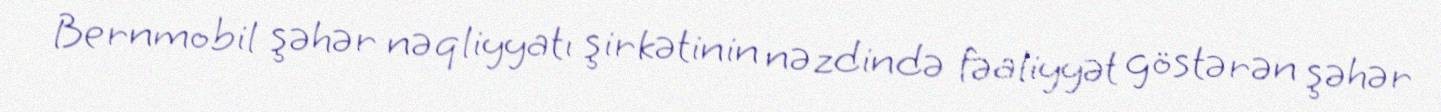
Bernmobil şəhər nəqliyyatı şirkətinin nəzdində fəaliyyət göstərən şəhər